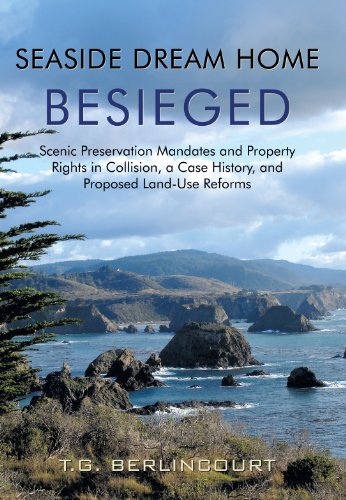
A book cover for Seaside Dream Home Besieged: Scenic Preservation Mandates and Property Rights in Collision, a Case History, and Proposed Land-use Reforms; Ted Berlincourt; Business & Money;